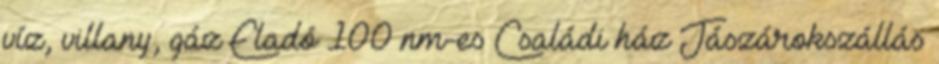
víz, villany, gáz Eladó 100 nm-es Családi ház Jászárokszállás